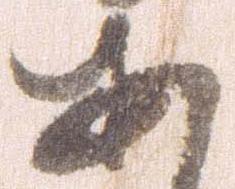
あ